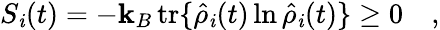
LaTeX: S_{\mathit{i}}(t)=-\mathbf{k}_{B}\, \mathrm{{tr}}\{ \hat{{\rho}}_{\mathit{i}}(t)\ln\hat{{\rho}}_{\mathit{i}}(t)\} \geq0\quad,